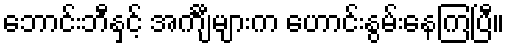
ဘောင်းဘီနှင့် အင်္ကျီများက ဟောင်းနွမ်းနေကြပြီ။